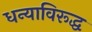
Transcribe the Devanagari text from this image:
धन्याविरूद्ध